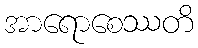
အာရောစေဿတိ